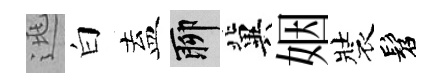
逃白盍聊冀姻裝髫